Annual report on the working of the Harcourt Butler Institute of Public Health, Rangoon
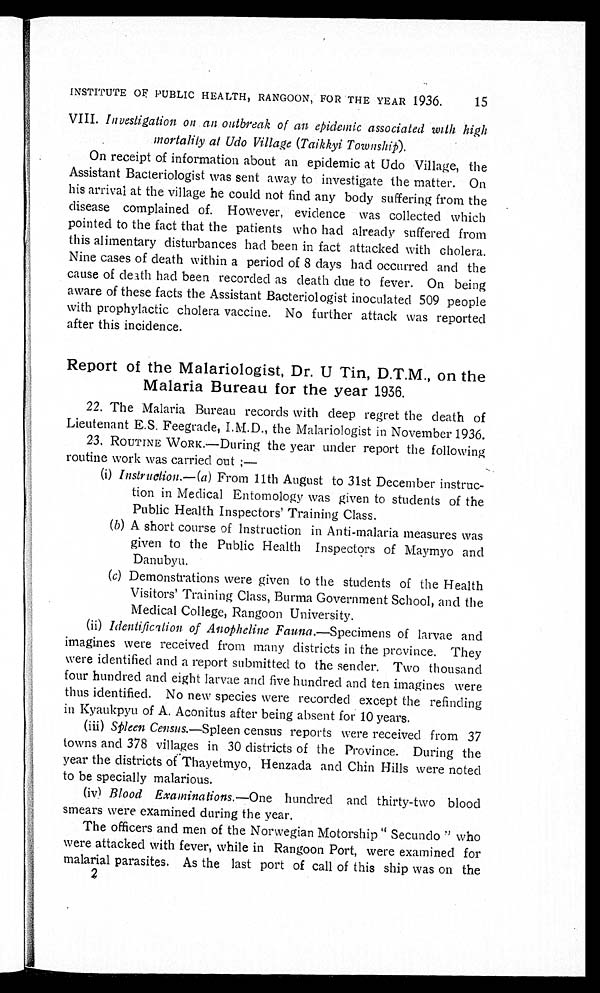
INSTITUTE OF PUBLIC HEALTH, RANGOON, FOR THE YEAR 1936. 15
VIII. Investigation on an outbreak of an epidemic associated with high
mortality at Udo Village (Taikkyi Township).
On receipt of information about an epidemic at Udo Village, the
Assistant Bacteriologist was sent away to investigate the matter. On
his arrival at the village he could not find any body suffering from the
disease complained of. However, evidence was collected which
pointed to the fact that the patients who had already suffered from
this alimentary disturbances had been in fact attacked with cholera.
Nine cases of death within a period of 8 days had occurred and the
cause of death had been recorded as death due to fever. On being
aware of these facts the Assistant Bacteriologist inoculated 509 people
with prophylactic cholera vaccine. No further attack was reported
after this incidence.
Report of the Malariologist, Dr. U Tin, D.T.M., on the
Malaria Bureau for the year 1936.
22. The Malaria Bureau records with deep regret the death of
Lieutenant E.S. Feegrade, I.M.D., the Malariologist in November 1936.
23.
ROUTINE WORK.—During the year under report the following
routine work was carried out:—
(i) Instruction.—(a) From 11th August to 31st December instruc--
tion in Medical Entomology was given to students of the
Public Health Inspectors' Training Class.
(b) A short course of instruction in Anti-malaria measures was
given to the Public Health Inspectors of Maymyo and
D a n u b y u .
(c) Demonstrations were given to the students of the Health
Visitors' Training Class, Burma Government School, and the
Medical College, Rangoon University.
(ii) Identification of Anopheline Fauna.— Specimens of larvae and
imagines were received from many districts in the province. They
were identified and a report submitted to the sender. Two thousand
four hundred and eight larvae and five hundred and ten imagines were
thus identified. No new species were recorded except the refinding
in Kyaukpyu of A. Aconitus after being absent for 10 years.
(iii) Spleen Census.—Spleen census reports were received from 37
towns and 378 villages in 30 districts of the Province. During the
year the districts of Thayetmyo, Henzada and Chin Hills were noted
to be specially malarious.
(iv) Blood Examinations.—One hundred and thirty-two blood
smears were examined during the year.
The officers and men of the Norwegian
Motorship "Secundo" who were attacked with fever, while in Rangoo port, were
examined for malarial parasites. As the last port of call of this ship was on the
2